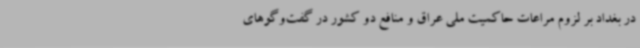
در بغداد بر لزوم مراعات حاکمیت ملی عراق و منافع دو کشور در گفت‌وگوهای